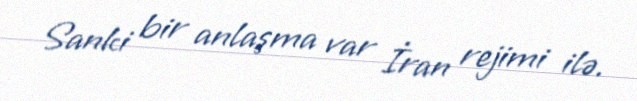
Sanki bir anlaşma var İran rejimi ilə.